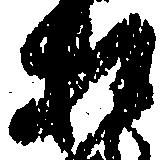
お